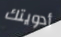
أدويتك